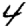
Digit: 4